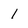
Character: 1